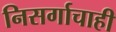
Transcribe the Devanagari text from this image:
निसर्गाचाही